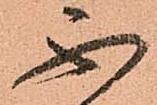
不